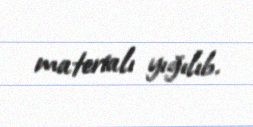
materialı yığılıb.